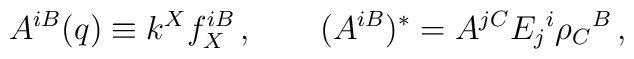
A^{iB}(q)\equiv k^Xf_X^{iB}\,, \qquad(A^{iB})^*=A^{jC}E_j{}^i\rho_C{}^B\,,